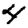
Digit: 4